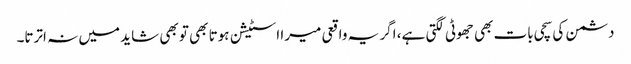
دشمن کی سچی بات بھی جھوٹی لگتی ہے، اگر یہ واقعی میرا اسٹیشن ہوتا بھی تو بھی شاید میں نہ اترتا۔